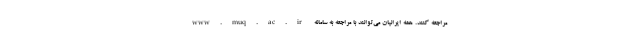
www.muq.ac.ir مراجعه کنند. همه ایرانیان می‌توانند با مراجعه به سامانه